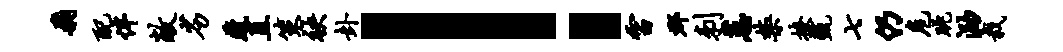
飞配伴敞劣藏直策袂卦！雷郡刺蕙禁撩甄七仍危眺泐栽